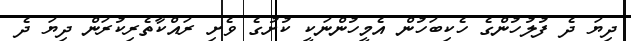
ދިޔަ ދެ ފުލުހުންގެ ހެކިބަހުން އެމީހުންނަކީ ކުށުގެ ވެށި ރައްކާތެރިކުރަން ދިޔަ ދެ